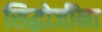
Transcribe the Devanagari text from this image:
सिद्धोजींना